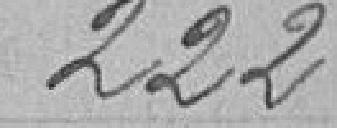
222